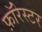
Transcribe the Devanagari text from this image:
फ़ॉरेस्टर